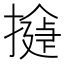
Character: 𢵂